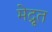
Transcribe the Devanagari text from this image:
मेद्रूत